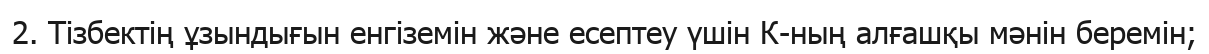
2. Тізбектің ұзындығын енгіземін және есептеу үшін К-ның алғашқы мәнін беремін;